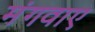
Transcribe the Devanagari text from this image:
मंगवाए